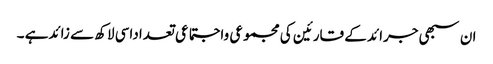
ان سبھی جرائد کے قارئین کی مجموعی واجتماعی تعداداسی لاکھ سے زائدہے ۔